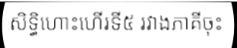
សិទ្ធិហោះហើរទី៥ រវាងភាគីចុះ